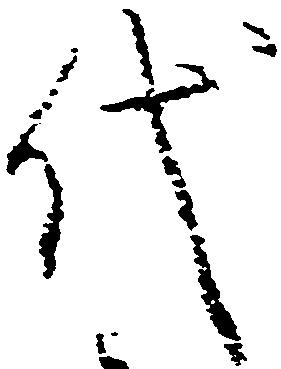
代